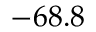
- 6 8 . 8